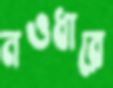
নওধারে